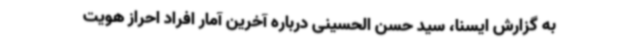
به گزارش ایسنا، سید حسن الحسینی درباره آخرین آمار افراد احراز هویت